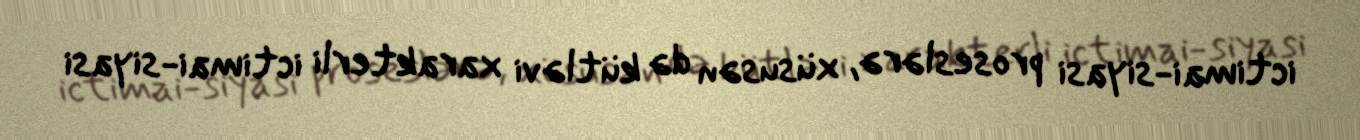
ictimai-siyasi proseslərə, xüsusən də kütləvi xarakterli ictimai-siyasi